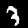
Digit: 3